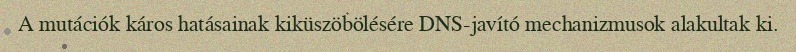
A mutációk káros hatásainak kiküszöbölésére DNS-javító mechanizmusok alakultak ki.